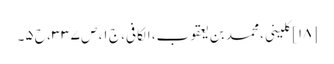
[۱۸] کلینی، محمد بن یعقوب، الکافی، ج ۱، ص ۳۳۷، ح ۵۔